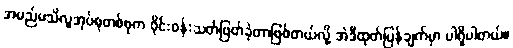
အမည်မသိလူအုပ်စုတစ်စုက ဝိုင်းဝန်းသတ်ဖြတ်ခဲ့တာဖြစ်တယ်လို့ အဲဒီထုတ်ပြန်ချက်မှာ ပါရှိပါတယ်။